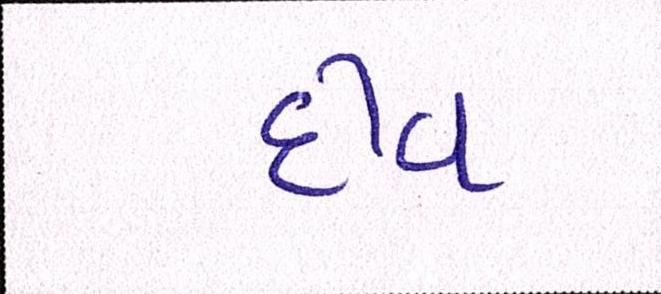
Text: દીવ